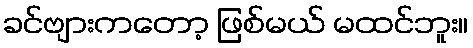
ခင်ဗျားကတော့ ဖြစ်မယ် မထင်ဘူး။